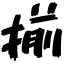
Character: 揃